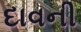
દાવની